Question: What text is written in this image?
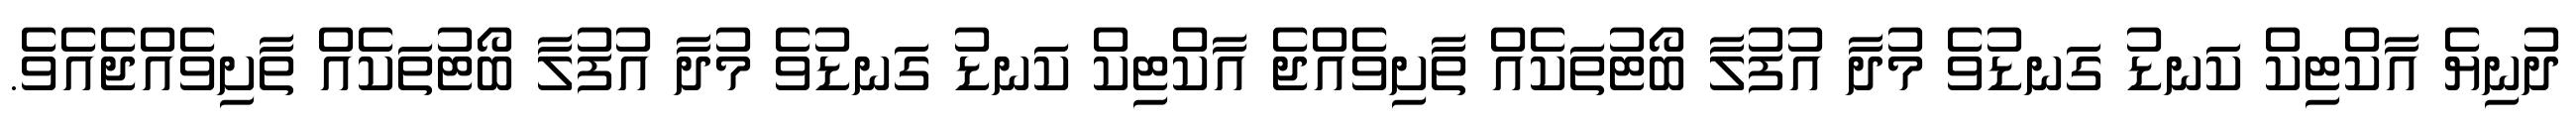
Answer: ދުނިޔެ އާކްޓިކް ކަނޑު ގަނޑުވެ މުދާ އުފުލާ ބޯޓުތަކެއް ތާށިވެއްޖެ އާކްޓިކް ކަނޑު ގަނޑުވެ މުދާ އުފުލާ ބޯޓުތަކެއް ތާށިވެއްޖެއެވެ.